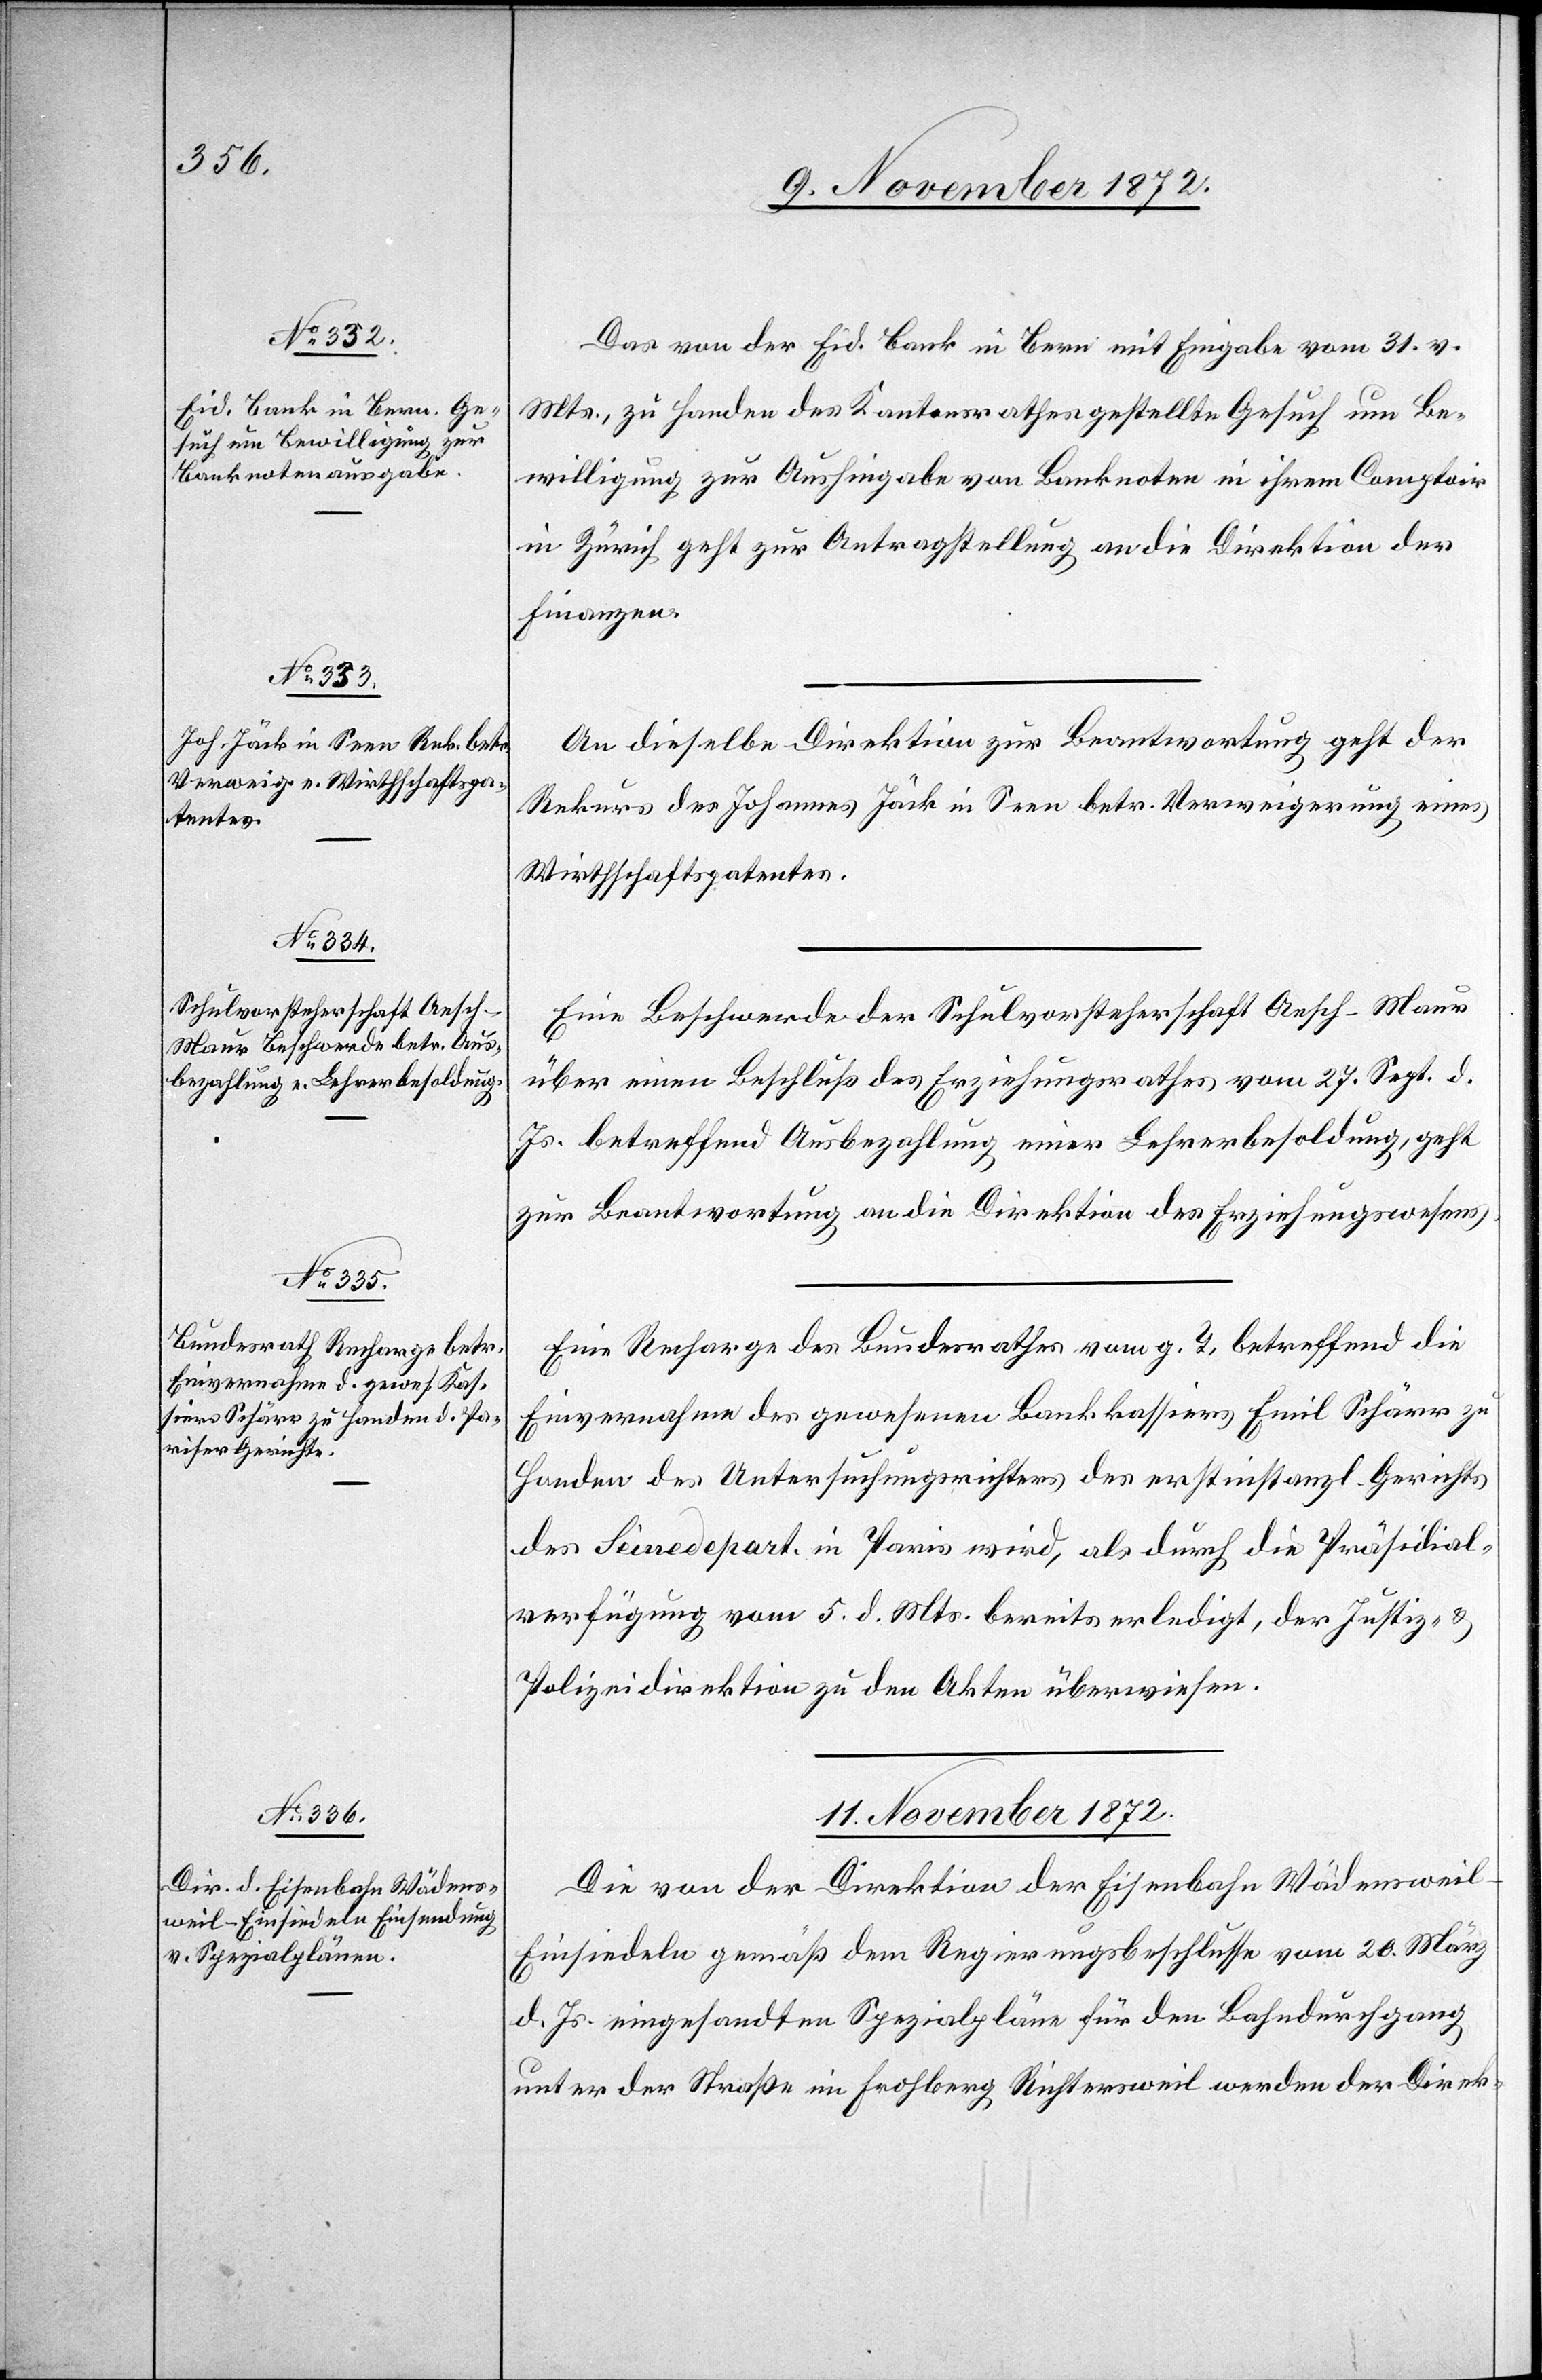
9. November 1872.]
Das von der Eid. Bank in Bern mit Eingabe vom 31. v.
Mts., zu Handen des Kantonsrathes gestellte Gesuch um Be¬
willigung zur Aushingabe von Banknoten in ihrem Comptoir
in Zürich geht zur Antragstellung an die Direktion der
Finanzen.
An dieselbe Direktion zur Beantwortung geht der
Rekurs des Johannes Jäck in Seen betr. Verweigerung eines
Wirthschaftspatentes.
Eine Beschwerde der Schulvorsteherschaft Aesch-Maur
über einen Beschluß des Erziehungsrathes vom 27. Sept. d.
Js. betreffend Ausbezahlung einer Lehrerbesoldung, geht
zur Beantwortung an die Direktion des Erziehungswesens.
Eine Recharge des Bundesrathes vom g. T., betreffend die
Einvernahme des gewesenen Bankkassiers Emil Schärr zu
Handen des Untersuchungsrichters des erstinstanzl. Gerichts
des Seinedepart. in Paris wird, als durch die Präsidial¬
verfügung vom 5. d. Mts. bereits erledigt, der Justiz- u.
Polizeidirektion zu den Akten überwiesen.
11. November 1872.
Die von der Direktion der Eisenbahn Wädenswei¬
l–Einsiedeln gemäß dem Regierungsbeschlusse vom 20. März
d. Js. eingesandten Spezialpläne für den Bahndurchgang
unter der Straße im Frohberg Richtersweil werden der Direk-